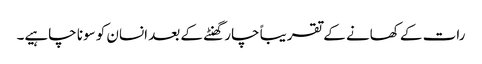
رات کے کھانے کے تقریباً چار گھنٹے کے بعد انسان کو سونا چاہیے۔